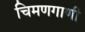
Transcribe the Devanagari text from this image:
चिमणगाणी